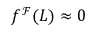
f ^ { \mathcal { F } } ( L ) \approx 0